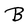
Character: B